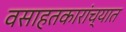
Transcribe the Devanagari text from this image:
वसाहतकारांच्यात